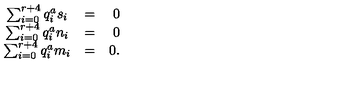
\begin{array} { c l r } { \sum _ { i = 0 } ^ { r + 4 } q _ { i } ^ { a } s _ { i } } & { = } & { 0 } \\ { \sum _ { i = 0 } ^ { r + 4 } q _ { i } ^ { a } n _ { i } } & { = } & { 0 } \\ { \sum _ { i = 0 } ^ { r + 4 } q _ { i } ^ { a } m _ { i } } & { = } & { 0 . } \\ \end{array}